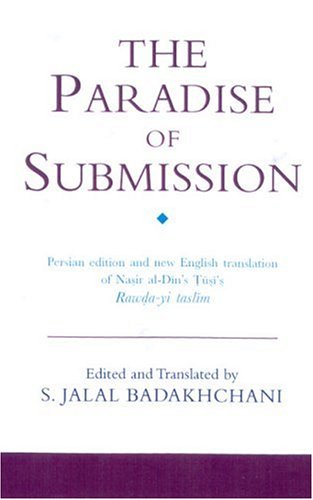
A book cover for The Paradise of Submission: A Medieval Treatise on Ismaili Thought (Ismaili Texts and Translations); Nasir al-Din Tusi; Religion & Spirituality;